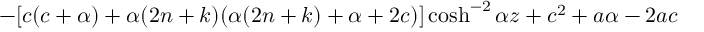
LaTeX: - [ c ( c + \alpha ) + \alpha ( 2 n + k ) ( \alpha ( 2 n + k ) + \alpha + 2 c ) ] \cosh ^ { - 2 } { \alpha z } + c ^ { 2 } + a \alpha - 2 a c